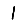
Digit: 1